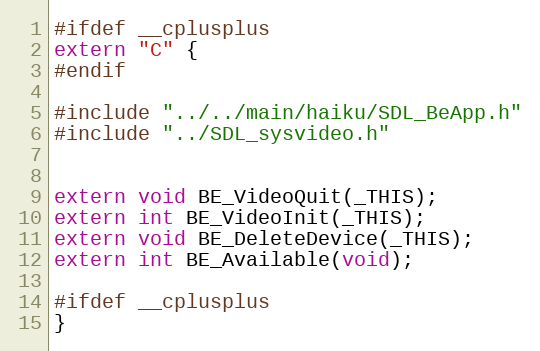
Language: C
#ifdef __cplusplus
extern "C" {
#endif

#include "../../main/haiku/SDL_BeApp.h"
#include "../SDL_sysvideo.h"

extern void BE_VideoQuit(_THIS);
extern int BE_VideoInit(_THIS);
extern void BE_DeleteDevice(_THIS);
extern int BE_Available(void);

#ifdef __cplusplus
}